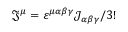
{ \mathfrak { J } } ^ { \mu } = \varepsilon ^ { \mu \alpha \beta \gamma } { \mathcal { J } } _ { \alpha \beta \gamma } / 3 !